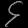
Digit: ၄